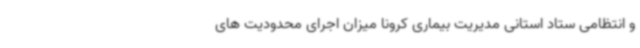
و انتظامی ستاد استانی مدیریت بیماری کرونا میزان اجرای محدودیت های